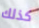
كذلك